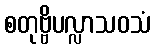
စတုဗ္ဗိပလ္လာသဝသံ